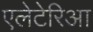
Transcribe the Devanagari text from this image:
एलेटेरिआ